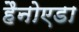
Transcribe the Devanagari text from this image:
हैनोएडा